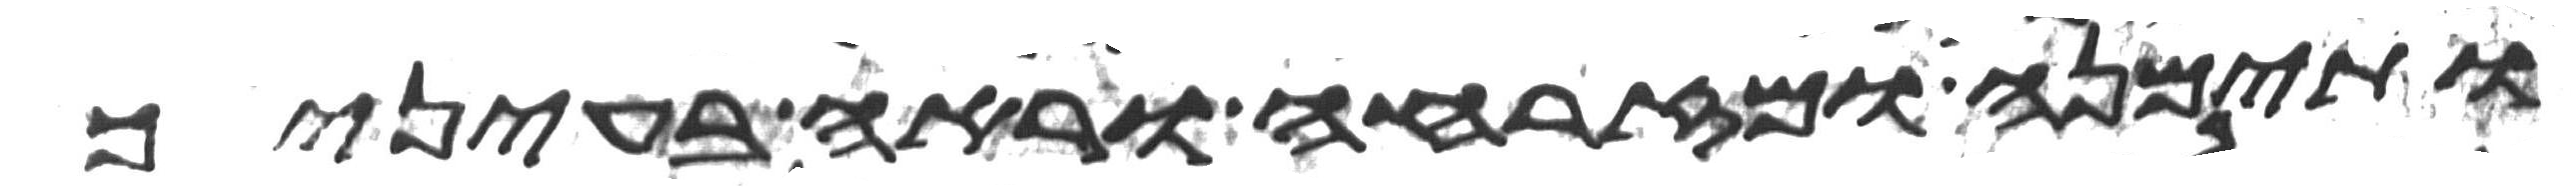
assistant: ותימנה ומזרחה וראה בעיניך